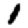
Digit: 1